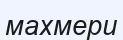
махмери